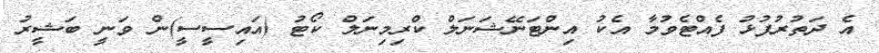
އެ ދަތުރުފުޅު ފެއްޓެވުމާ އެކު އިންޓަނޭޝަނަލް ކްރިމިނަލް ކޯޓު (އައިސީސީ)ން ވަނީ ބަޝީރު